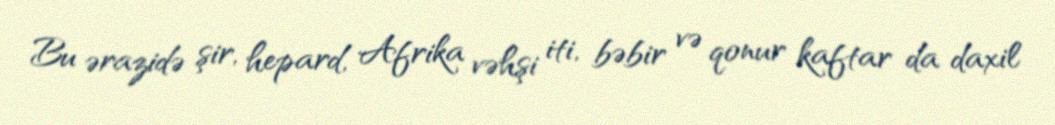
Bu ərazidə şir, hepard, Afrika vəhşi iti, bəbir və qonur kaftar da daxil